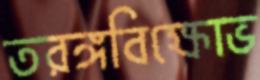
তরঙ্গবিক্ষোভ